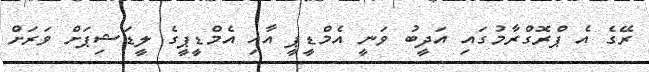
ރޭގެ އެ ޕްރޮގްރާމުގައި އަދީބު ވަނީ އެމްޑީޕީ އާއި އެމްޑީޕީގެ ލީޑަޝިޕަށް ވަރަށް